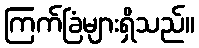
ကြက်ခြံများရှိသည်။